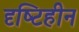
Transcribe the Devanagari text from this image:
दृष्‍टिहीन